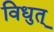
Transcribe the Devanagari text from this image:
विधुत्